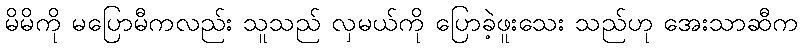
မိမိကို မပြောမီကလည်း သူသည် လှမယ်ကို ပြောခဲ့ဖူးသေး သည်ဟု အေးသာဆီက